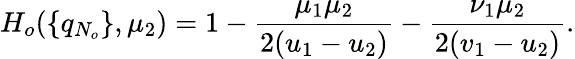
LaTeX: H_{o}(\{ q_{N_{o}}\} ,\mu_{2})=1-\frac{\mu_{1}\mu_{2}}{2(u_{1}-u_{2})}-\frac{\nu_{1}\mu_{2}}{2(v_{1}-u_{2})}.